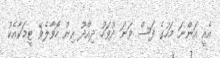
އެއީ އަންނަ މަހުގެ ފަސް ވަނަ ދުވަހު ދިއްދޫ އިން ހޮވާލެވޭ ޓީމަކާއެކު